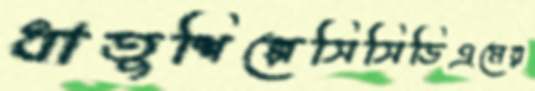
ধাতুশিল্পেসিসিডিএমের